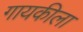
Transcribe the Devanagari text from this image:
गायकीला